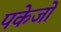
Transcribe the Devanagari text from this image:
पकेजों